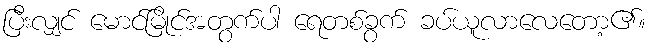
ပြီးလျှင် မောင်မြိုင်အတွက်ပါ ရေတစ်ခွက် ခပ်ယူလာလေတော့၏။